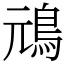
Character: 䲮